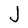
Character: J